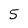
Character: 5